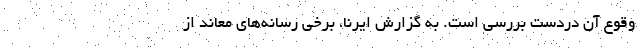
وقوع آن دردست بررسی است. به گزارش ایرنا، برخی رسانه‌های معاند از